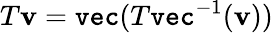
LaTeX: T\mathbf{v}=\texttt{vec}(T\texttt{vec}^{-1}(\mathbf{v}))